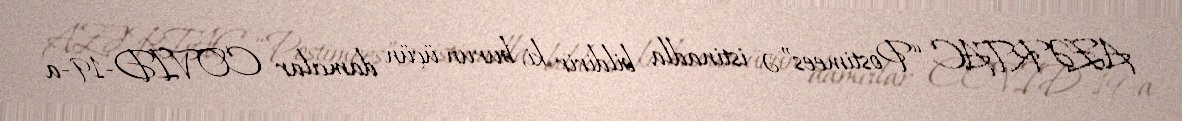
AZƏRTAC “Postimees”ə istinadla bildirir ki, burun üçün damcılar COVID-19-a